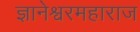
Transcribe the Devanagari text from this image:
ज्ञानेश्वरमहाराज